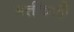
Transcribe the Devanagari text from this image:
गतींचाही